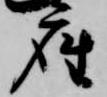
座